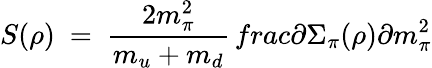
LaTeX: S(\rho)\ =\ \frac{2m_{\pi}^{2}}{m_{u}+m_{d}}\, frac{\partial\Sigma_{\pi}(\rho)}{\partial m_{\pi}^{2}}